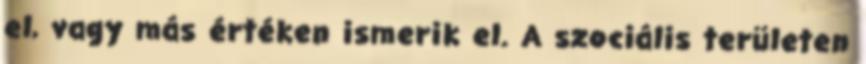
el, vagy más értéken ismerik el. A szociális területen